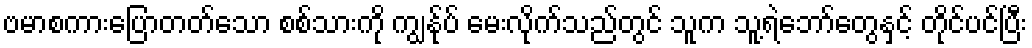
ဗမာစကားပြောတတ်သော စစ်သားကို ကျွန်ုပ် မေးလိုက်သည်တွင် သူက သူ့ရဲဘော်တွေနှင့် တိုင်ပင်ပြီး